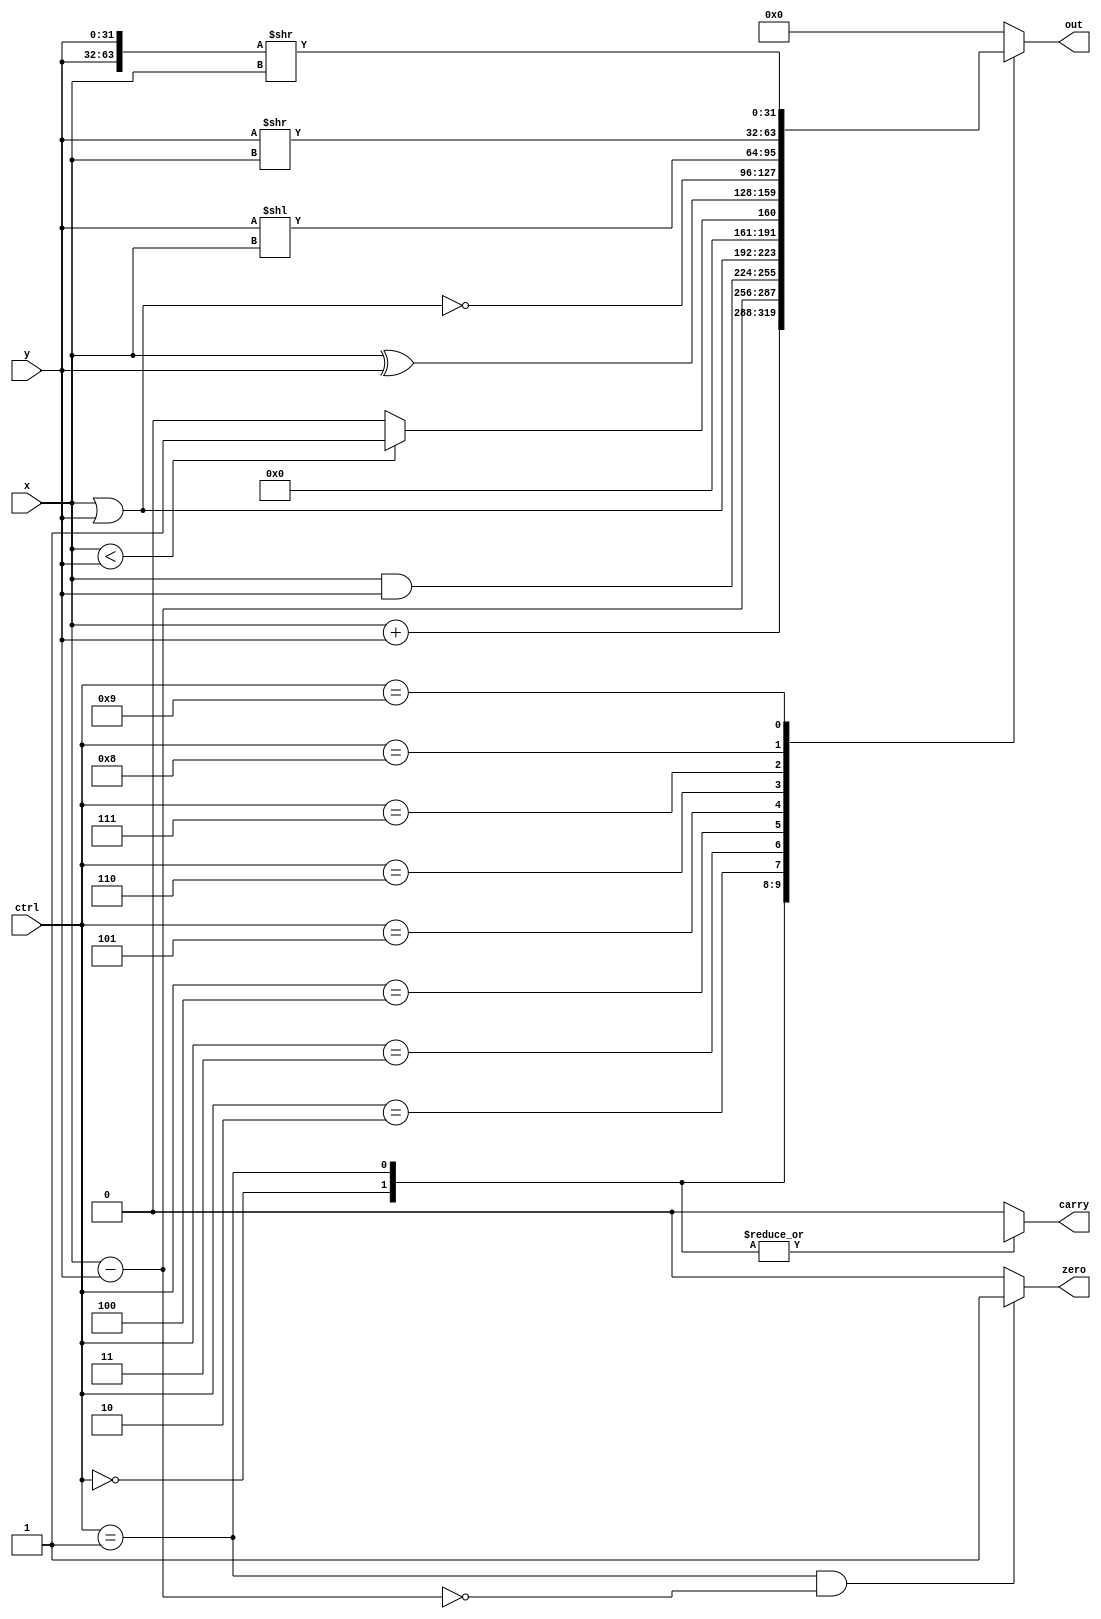
//Behavior level (event-driven) 
module alu(
    ctrl,
    x,
    y,
    carry,
    out,
	zero
);
    
    input  [3:0] ctrl;
    input  [31:0] x;
    input  [31:0] y;
    output reg carry;
    output reg [31:0] out;
	output reg zero;
	
	wire [31:0] out_add, out_sub;
	wire [31:0] out_0, out_1;
	wire carry_0, carry_1;
	wire [63:0] shift_right_64;
    
// assign out_add = {x[31], x[31:0]} + {y[31], y[31:0]};
assign out_add = x + y;
assign out_0 = out_add[31:0];
assign carry_0 = out_add[32];

// assign out_sub = {x[31], x[31:0]} + (~{y[31], y[31:0]}) + 1;
assign out_sub = x - y;
assign out_1 = out_sub[31:0];
assign carry_1 = out_sub[32];

assign shift_right_64 = {y, y} >> x;

always@(*) begin
	if(ctrl == 4'b0001 && out_sub == 0) zero = 1;
	else                                zero = 0;
end

always@(*) begin
	case(ctrl)
		4'b0000: out = out_0; //add
		4'b0001: out = out_1; //sub
		4'b0010: out = x & y; //and
		4'b0011: out = x | y; //or
		4'b0100: out = (x < y)? 1: 0; //set less than
		4'b0101: out = x ^ y; //xor
		4'b0110: out = ~(x | y); //nor
		// NOTICE: $rd = $rt << shamt
		4'b0111: out = y << x; //shift left
		4'b1000: out = y >> x; //shift right
		4'b1001: out = shift_right_64[31:0]; //shift right arithmetic
		default: out = 0;
	endcase
end

always@(*) begin
	case(ctrl)
		4'b0000: carry = carry_0;
		4'b0001: carry = carry_1;
		default: carry = 0;
	endcase
end
	
endmodule